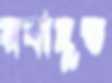
রবাহূত